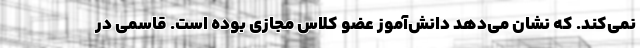
نمی‌کند. که نشان می‌دهد دانش‌آموز عضو کلاس مجازی بوده است. قاسمی در